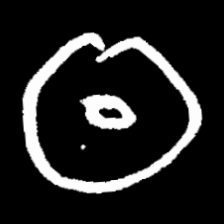
Pyu character \u2014 Myanmar letter: ထ (romanized: tha)